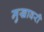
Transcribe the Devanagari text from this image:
मुखावरी